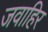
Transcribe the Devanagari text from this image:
जवाहिर